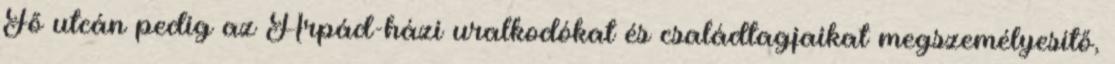
Fő utcán pedig az Árpád-házi uralkodókat és családtagjaikat megszemélyesítő,